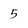
Character: 5